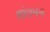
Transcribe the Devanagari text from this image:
शांतमन